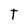
Character: T